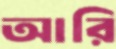
আরি